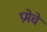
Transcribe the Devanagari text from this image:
प्रमेचे